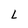
Character: L